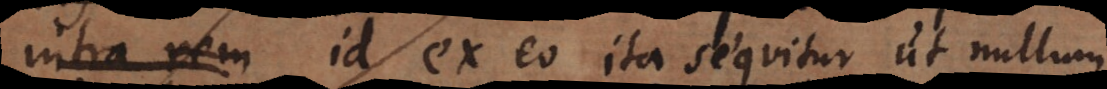
intra rem Id ex eo ita sequitur ut nullum